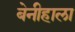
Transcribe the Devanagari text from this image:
बेनीहाला